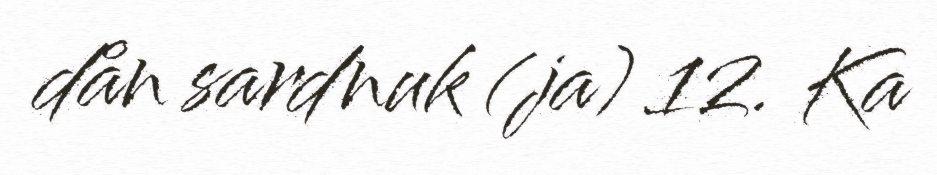
dån sardnuk (ja) 12. Ka